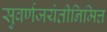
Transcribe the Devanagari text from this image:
सुवर्णजयंतीनिमित्त